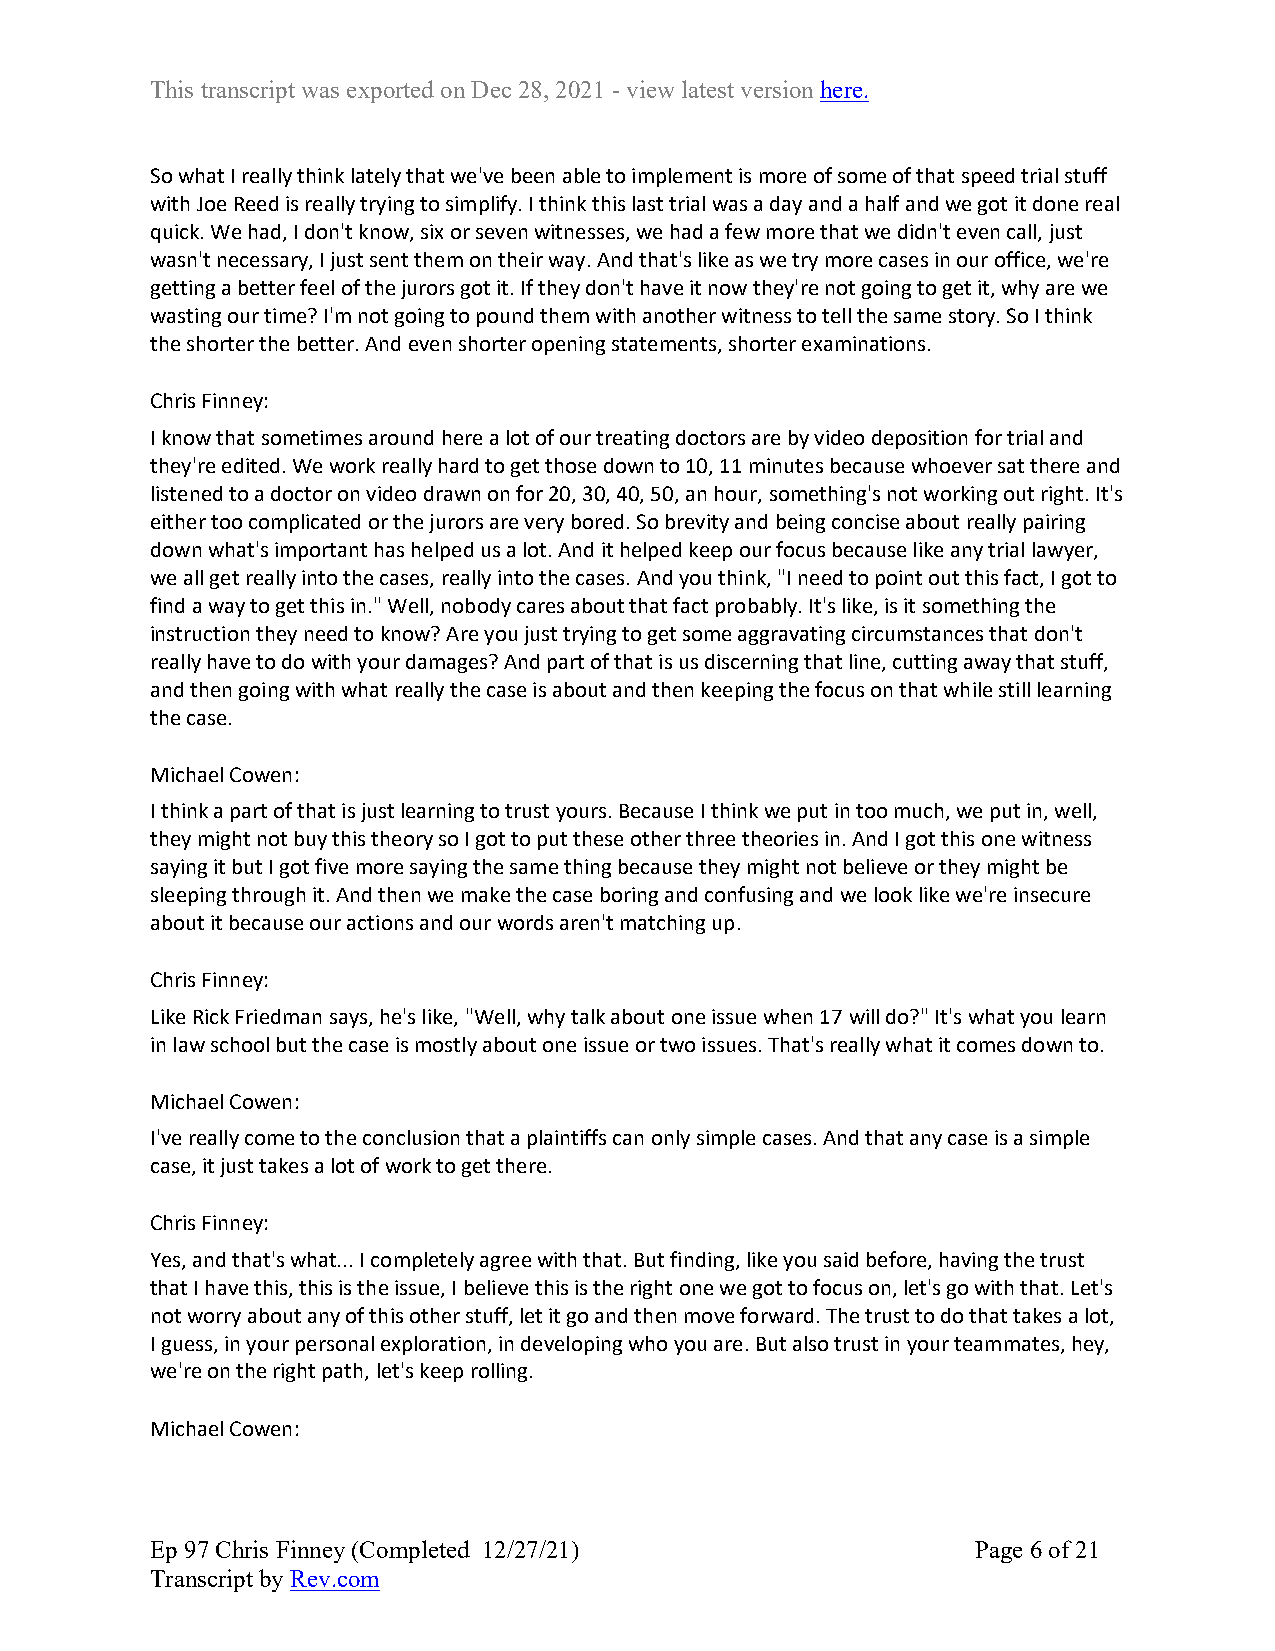
This transcript was exported on Dec 28, 2021 - view latest version here.
 So what I really think lately that we've been able to implement is more of some of that speed trial stuff
 with Joe Reed is really trying to simplify. I think this last trial was a day and a half and we got it done real
 quick. We had, I don't know, six or seven witnesses, we had a few more that we didn't even call, just
 wasn't necessary, I just sent them on their way. And that's like as we try more cases in our office, we're
 getting a better feel of the jurors got it. If they don't have it now they're not going to get it, why are we
 wasting our time? I'm not going to pound them with another witness to tell the same story. So I think
 the shorter the better. And even shorter opening statements, shorter examinations.
 Chris Finney:
 I know that sometimes around here a lot of our treating doctors are by video deposition for trial and
 they're edited. We work really hard to get those down to 10, 11 minutes because whoever sat there and
 listened to a doctor on video drawn on for 20, 30, 40, 50, an hour, something's not working out right. It's
 either too complicated or the jurors are very bored. So brevity and being concise about really pairing
 down what's important has helped us a lot. And it helped keep our focus because like any trial lawyer,
 we all get really into the cases, really into the cases. And you think, "I need to point out this fact, I got to
 find a way to get this in." Well, nobody cares about that fact probably. It's like, is it something the
 instruction they need to know? Are you just trying to get some aggravating circumstances that don't
 really have to do with your damages? And part of that is us discerning that line, cutting away that stuff,
 and then going with what really the case is about and then keeping the focus on that while still learning
 the case.
 Michael Cowen:
 I think a part of that is just learning to trust yours. Because I think we put in too much, we put in, well,
 they might not buy this theory so I got to put these other three theories in. And I got this one witness
 saying it but I got five more saying the same thing because they might not believe or they might be
 sleeping through it. And then we make the case boring and confusing and we look like we're insecure
 about it because our actions and our words aren't matching up.
 Chris Finney:
 Like Rick Friedman says, he's like, "Well, why talk about one issue when 17 will do?" It's what you learn
 in law school but the case is mostly about one issue or two issues. That's really what it comes down to.
 Michael Cowen:
 I've really come to the conclusion that a plaintiffs can only simple cases. And that any case is a simple
 case, it just takes a lot of work to get there.
 Chris Finney:
 Yes, and that's what... I completely agree with that. But finding, like you said before, having the trust
 that I have this, this is the issue, I believe this is the right one we got to focus on, let's go with that. Let's
 not worry about any of this other stuff, let it go and then move forward. The trust to do that takes a lot,
 I guess, in your personal exploration, in developing who you are. But also trust in your teammates, hey,
 we're on the right path, let's keep rolling.
 Michael Cowen:
 Ep 97 Chris Finney (Completed 12/27/21)                Page 6 of 21
 Transcript by Rev.com